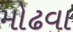
મોઢવા